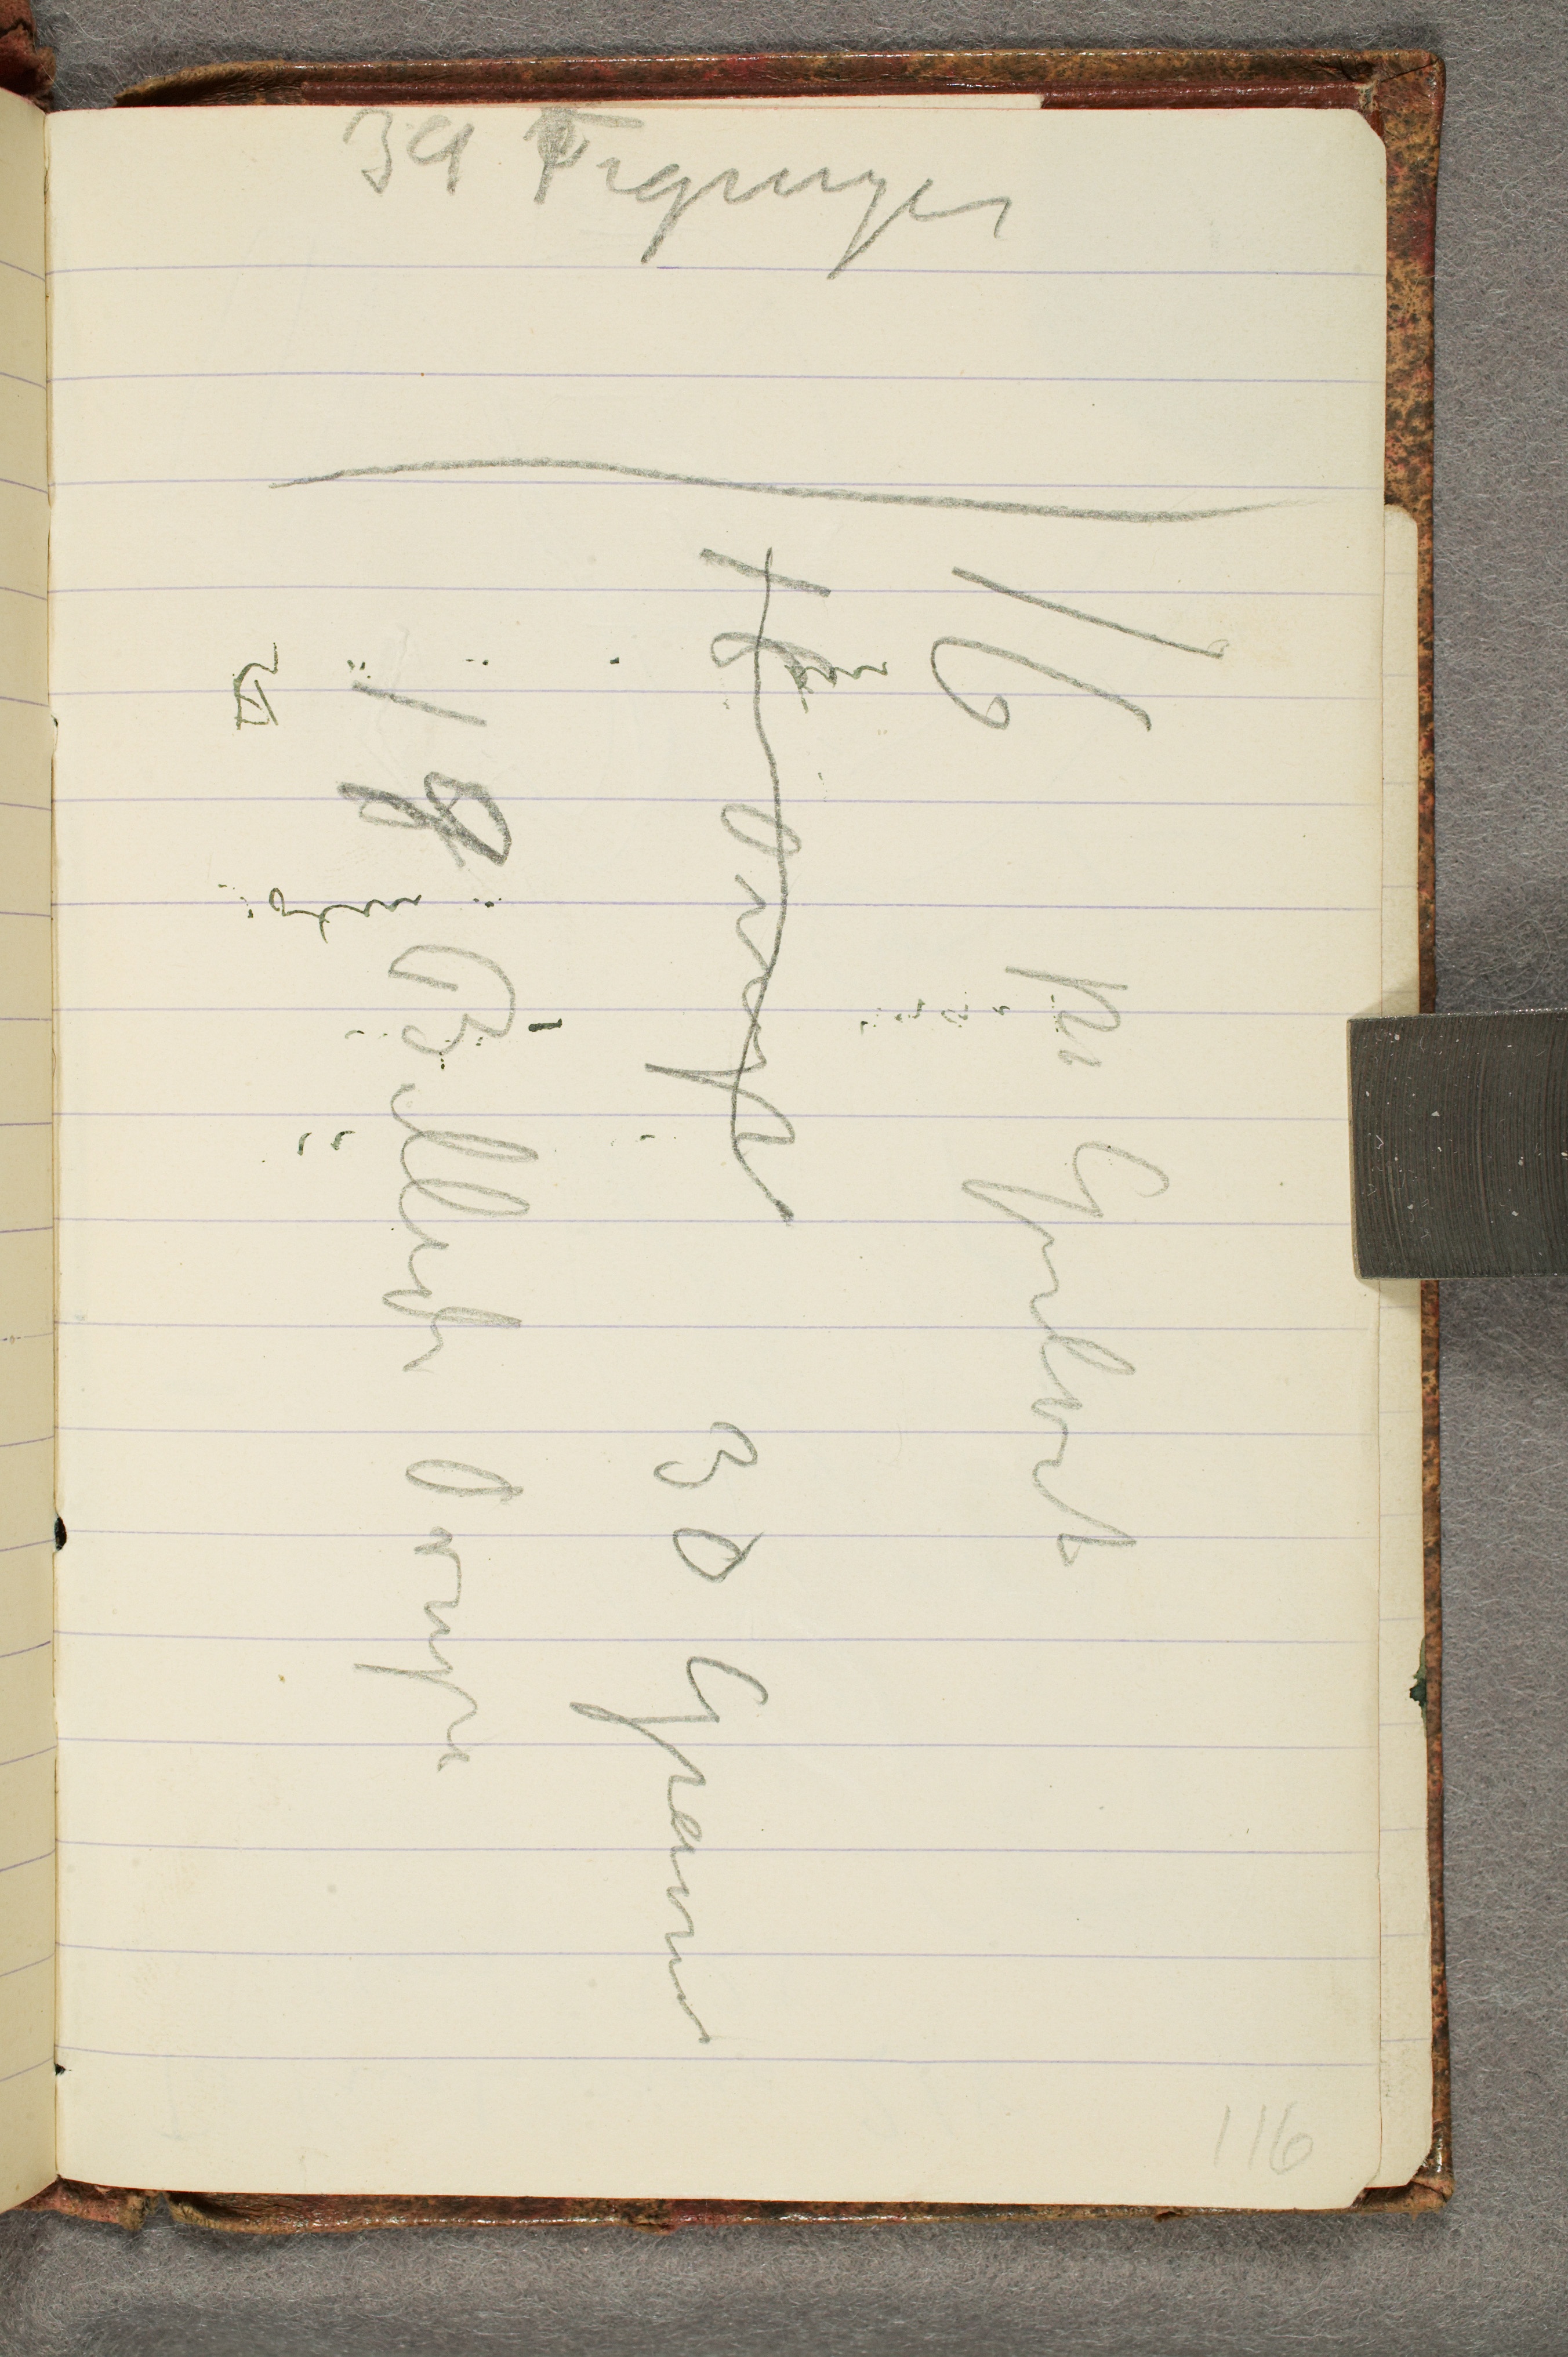
39 Tegninger

18 Ovenpå 30 Gravurer
16 på Gulvet
19 Billeder Ovenpå